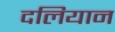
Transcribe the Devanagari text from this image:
दलियान